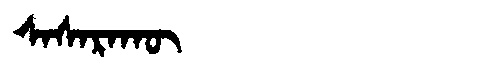
Manchu: ᠰᠠᠰᠠᡵᠠᡴᡡ
Romanization: SASARAKŪ